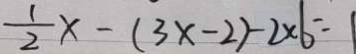
\frac { 1 } { 2 } x - ( 3 x - 2 ) - 2 \times 6 = 1